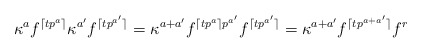
\begin{align*}\kappa^{a} f^{\lceil tp^a \rceil} \kappa^{a'} f^{\lceil tp^{a'} \rceil} = \kappa^{a+a'} f^{{\lceil tp^a \rceil}p^{a'}} f^{\lceil tp^{a'} \rceil} = \kappa^{a + a'} f^{\lceil t p^{a+a'} \rceil} f^{r} \end{align*}